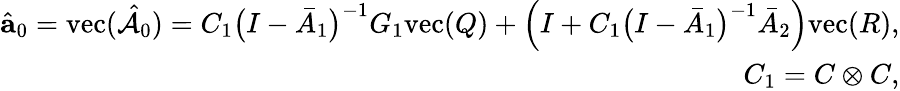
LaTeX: \begin{array}{r}{\hat{\mathbf{a}}_{0}=\mathrm{vec}(\hat{\mathcal{A}}_{0})=C_{1}\big(I-\bar{A}_{1}\big)^{-1}G_{1}\mathrm{vec}(Q)+\Big(I+C_{1}\big(I-\bar{A}_{1}\big)^{-1}\bar{A}_{2}\Big)\mathrm{vec}(R),}\\ {C_{1}=C\otimes C,}\end{array}